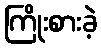
ကြိုးစားခဲ့